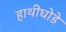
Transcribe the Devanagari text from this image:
हाथीघोडे